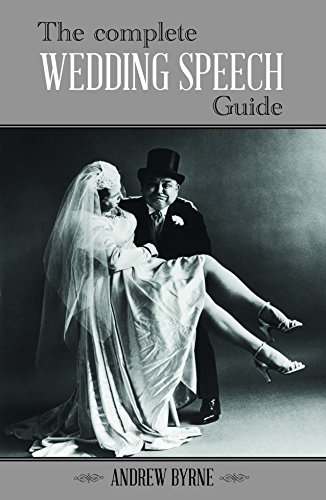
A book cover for The Complete Wedding Speech Guide; Andrew Byrne; Crafts, Hobbies & Home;